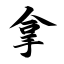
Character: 拿